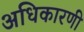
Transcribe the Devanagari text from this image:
अधिकारणी